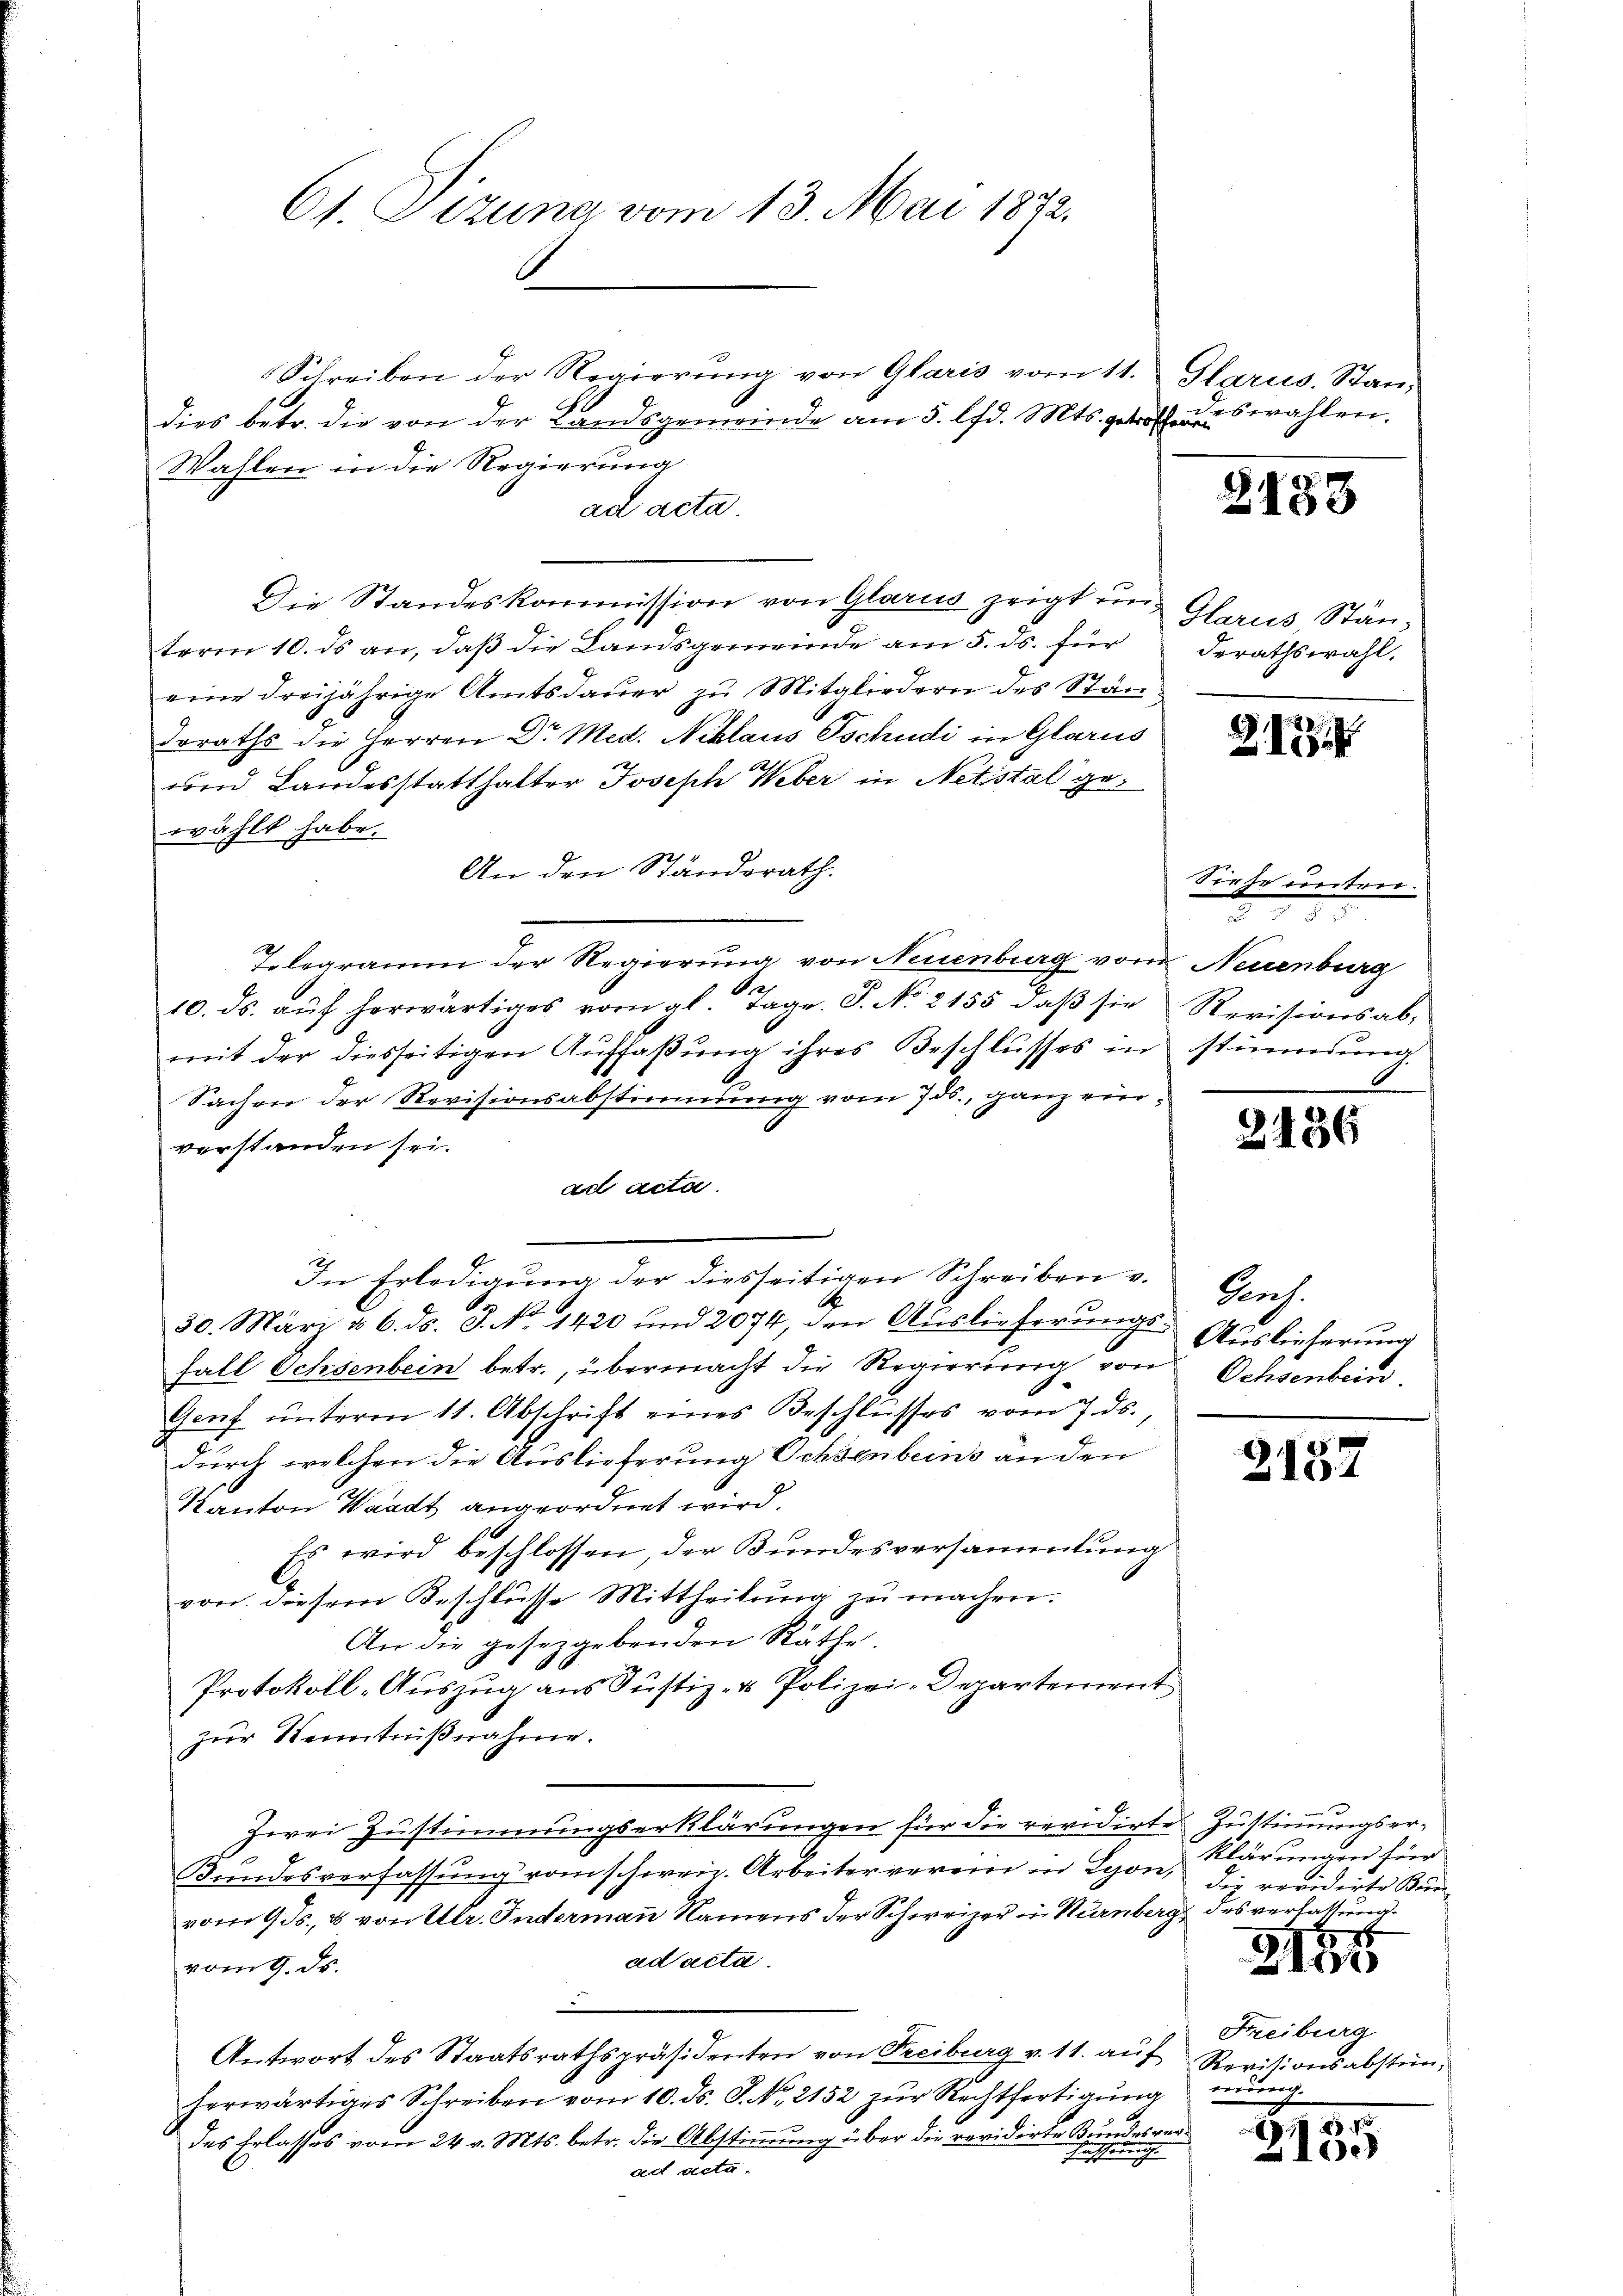
dies betr. die von der Landsgemeinde am 5. lfd. Mts. getroffend es wahlen.
Wahlen in die Regierung
ad acta
Die Standeskommission von Glarus zeigt unterm 10. ds an, daß die Landsgemeinde am 5. ds. für derathswahl.
eine dreijährige Amtsdauer zu Mitgliedern des Stän¬
Irraths die Herren Dr Med. Niklaus Tschudi in Glarus
und Landesstatthalter Joseph Weber in Netistal gewählt habe.
An den Standsrath.
Telegramm der Regierung von Neuenburg vom Neuenburg
10. ds. aŭf herwärtiges vom gl. Tage. S. No. 2155, daβ sie Revisionsab-
mit der diesseitigen Aŭffaβŭng ihres Beschlŭsses in stimmung
6
Sachen der Revisionsabstimmung vom 7 ds., ganz einverstanden sei.
ad acta.
30. März u. 6. ds. J. No. 1420 und 2074, den Auslieferungs-Auslieferung
fall Ochsenbein betr., übermacht die Regierung von Ochsenbein.
Genf ŭnterm 11. Abschrift eines Beschlŭsses vom 7. ds.,
durch welchen die Auslieferung Ochsenbeins an den
Kanton Waadt angeordnet wird.
Es wird beschlossen, der Bundesversammlung
von diesem Geschlüsse Mittheilung zu machen.
An die gesetzgebenden Räthe.
Protokoll-Auszug aus Justiz- & Polizei-Departement
zur Kenntnißnahme.
Zwei Zustimmungserklärungen für die revidirte Zustimmungser¬
Bundesverfassung vom schweir. Arbeiterverein in Lyon, Klärungen für
vom 9. ds. 8 von Ulr. Indermann Namens der Schweizer in Nürnberg des verlassung
ad acta.
vom 9. ds.

Antwort des Staatsrathspräsidenten von Freiburg v. 11. aŭf Revisionsabstün-
herwärtiges Schreiben vom 10. ds. S. Nr. 2152 zur Rechtfertigung
das Erlasses vom 24. v. Mts. betr. die Abstimmung über die revidirte Bundes verhaffen
2
ad acta.

61. Sizung vom 13. Mai 1872.

In Erledigung der diesseitigen Schreiben v.

Schreiben der Regierŭng von Glaris vom 11. Glarus, Stan¬

Glarus Stän¬

2158

2.189

Siehe unten.

2136

Porf.

2137

die revidirte Bun
15
x
Freiburg
iung.

21
2100